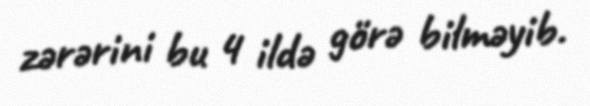
zərərini bu 4 ildə görə bilməyib.